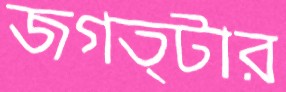
জগত্টার